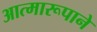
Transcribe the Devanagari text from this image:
आत्मारूपाने